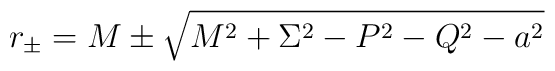
r_\pm = M \pm\sqrt{M^2+\Sigma^2-P^2-Q^2-a^2}